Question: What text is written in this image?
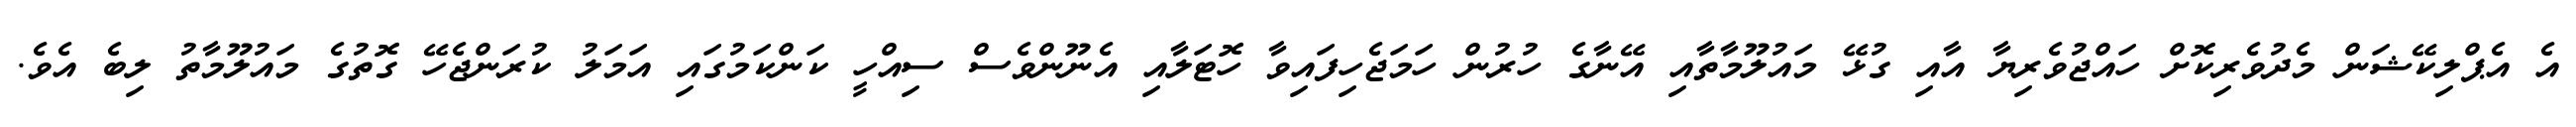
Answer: އެ އެޕްލިކޭޝަން މެދުވެރިކޮށް ހައްޖުވެރިޔާ އާއި ގުޅޭ މައުލޫމާތާއި އޭނާގެ ހުރުން ހަމަޖެހިފައިވާ ހޮޓަލާއި އެނޫންވެސް ސިއްހީ ކަންކަމުގައި އަމަލު ކުރަންޖެހޭ ގޮތުގެ މައުލޫމާތު ލިބެ އެވެ.